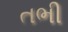
તભી